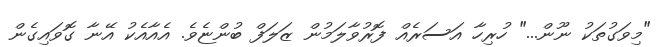
"މިވަގުތަކު ނޫން..." ހުރިހާ އަސަރެއް ފޮރުވާލަމުން ޒަލަފް ބުންޏެވެ. އެއާއެކު އޭނާ ގޮވައިގެން